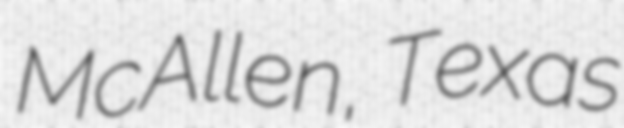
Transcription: McAllen, Texas